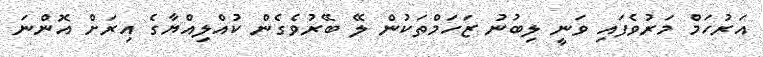
އަރުހަމް މަރުވެފައި ވަނީ ލިބުނު ޒަހަމްތަކުން ލޭ ބޭރުވެގެން ކުއްލިއްޔާގެ އިރަށް އޮންނަ